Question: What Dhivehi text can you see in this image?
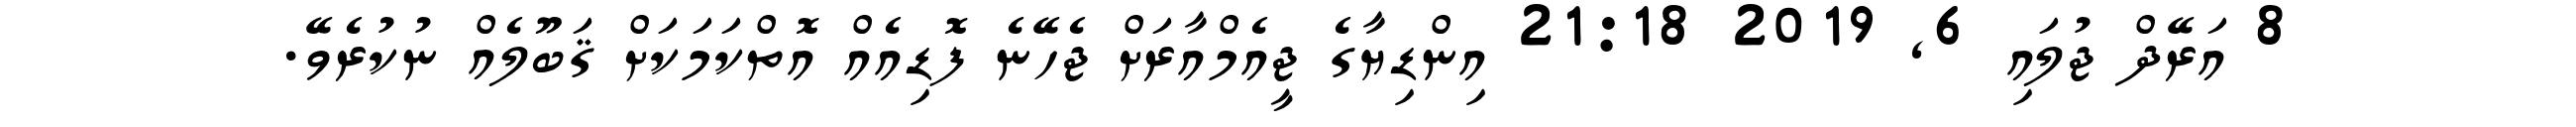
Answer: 8 އަރޭދް ޖުލައި 6, 2019 21:18 އިންޑިޔާގެ ޖީއެމްއާރަށް ޖެހޭނެ ފޮޑިއެއް އޮތްކަމަކަށް ޤަބޫލެއް ނުކުރެވޭ.